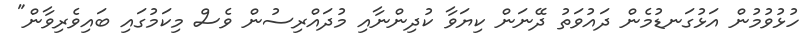
ހުޅުވުމުން އަޅުގަނޑުމެން ދައުވަތު ދޭނަން ކިޔަވާ ކުދިންނާއި މުދައްރިސުން ވެސް މިކަމުގައި ބައިވެރިވާން"